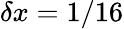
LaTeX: \delta x=1/16